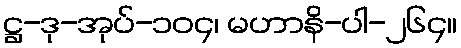
ဋ္ဌ-ဒု-အုပ်-၁၀၄၊ မဟာနိ-ပါ-၂၆၄။